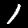
Digit: 1